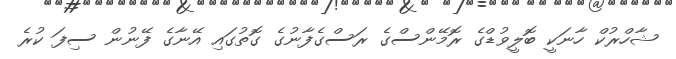
ޝާހްރުކް ހާނަކީ ބޮލީވުޑްގެ ރޮމޭންސްގެ ރަސްގެފާނުގެ ގޮތުގައި އޭނާގެ ފޭނުން ސިފަ ކުރެ